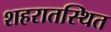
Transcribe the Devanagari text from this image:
शहरातस्थित